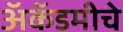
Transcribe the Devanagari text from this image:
अॅकॅडमीचे